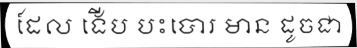
ដែល ងើប បះបោរ មាន ដូចជា